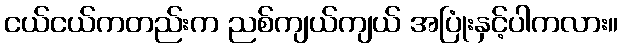
ငယ်ငယ်ကတည်းက ညစ်ကျယ်ကျယ် အပြုံးနှင့်ပါကလား။